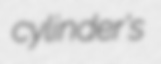
cylinder's